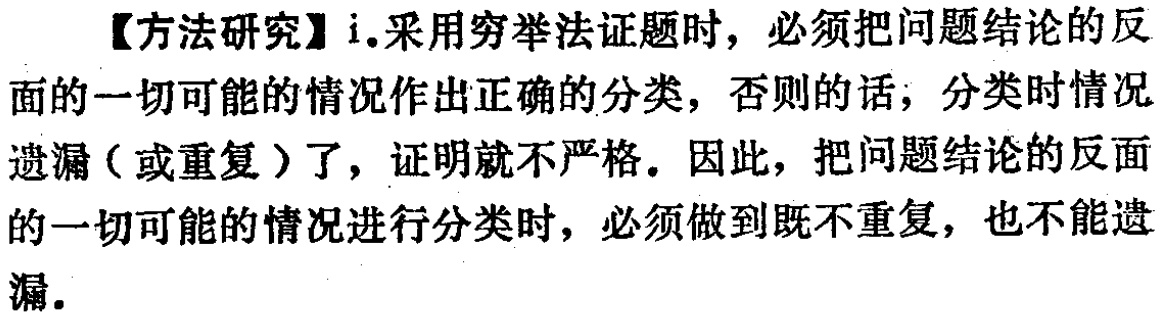
【方法研究】i.采用穷举法证题时，必须把问题结论的反面的一切可能的情况作出正确的分类，否则的话，分类时情况遗漏（或重复）了，证明就不严格。因此，把问题结论的反面的一切可能的情况进行分类时，必须做到既不重复，也不能遗漏。